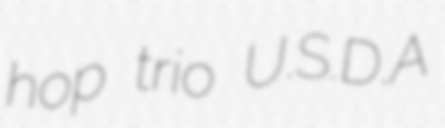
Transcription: hop trio U.S.D.A